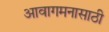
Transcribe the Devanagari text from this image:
आवागमनासाठी